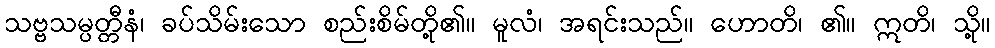
သဗ္ဗသမ္ပတ္တီနံ၊ ခပ်သိမ်းသော စည်းစိမ်တို့၏။ မူလံ၊ အရင်းသည်။ ဟောတိ၊ ၏။ ဣတိ၊ သို့။